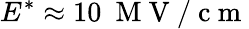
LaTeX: E^{*}\approx 10\ \mathrm{~M~V~/~c~m~}